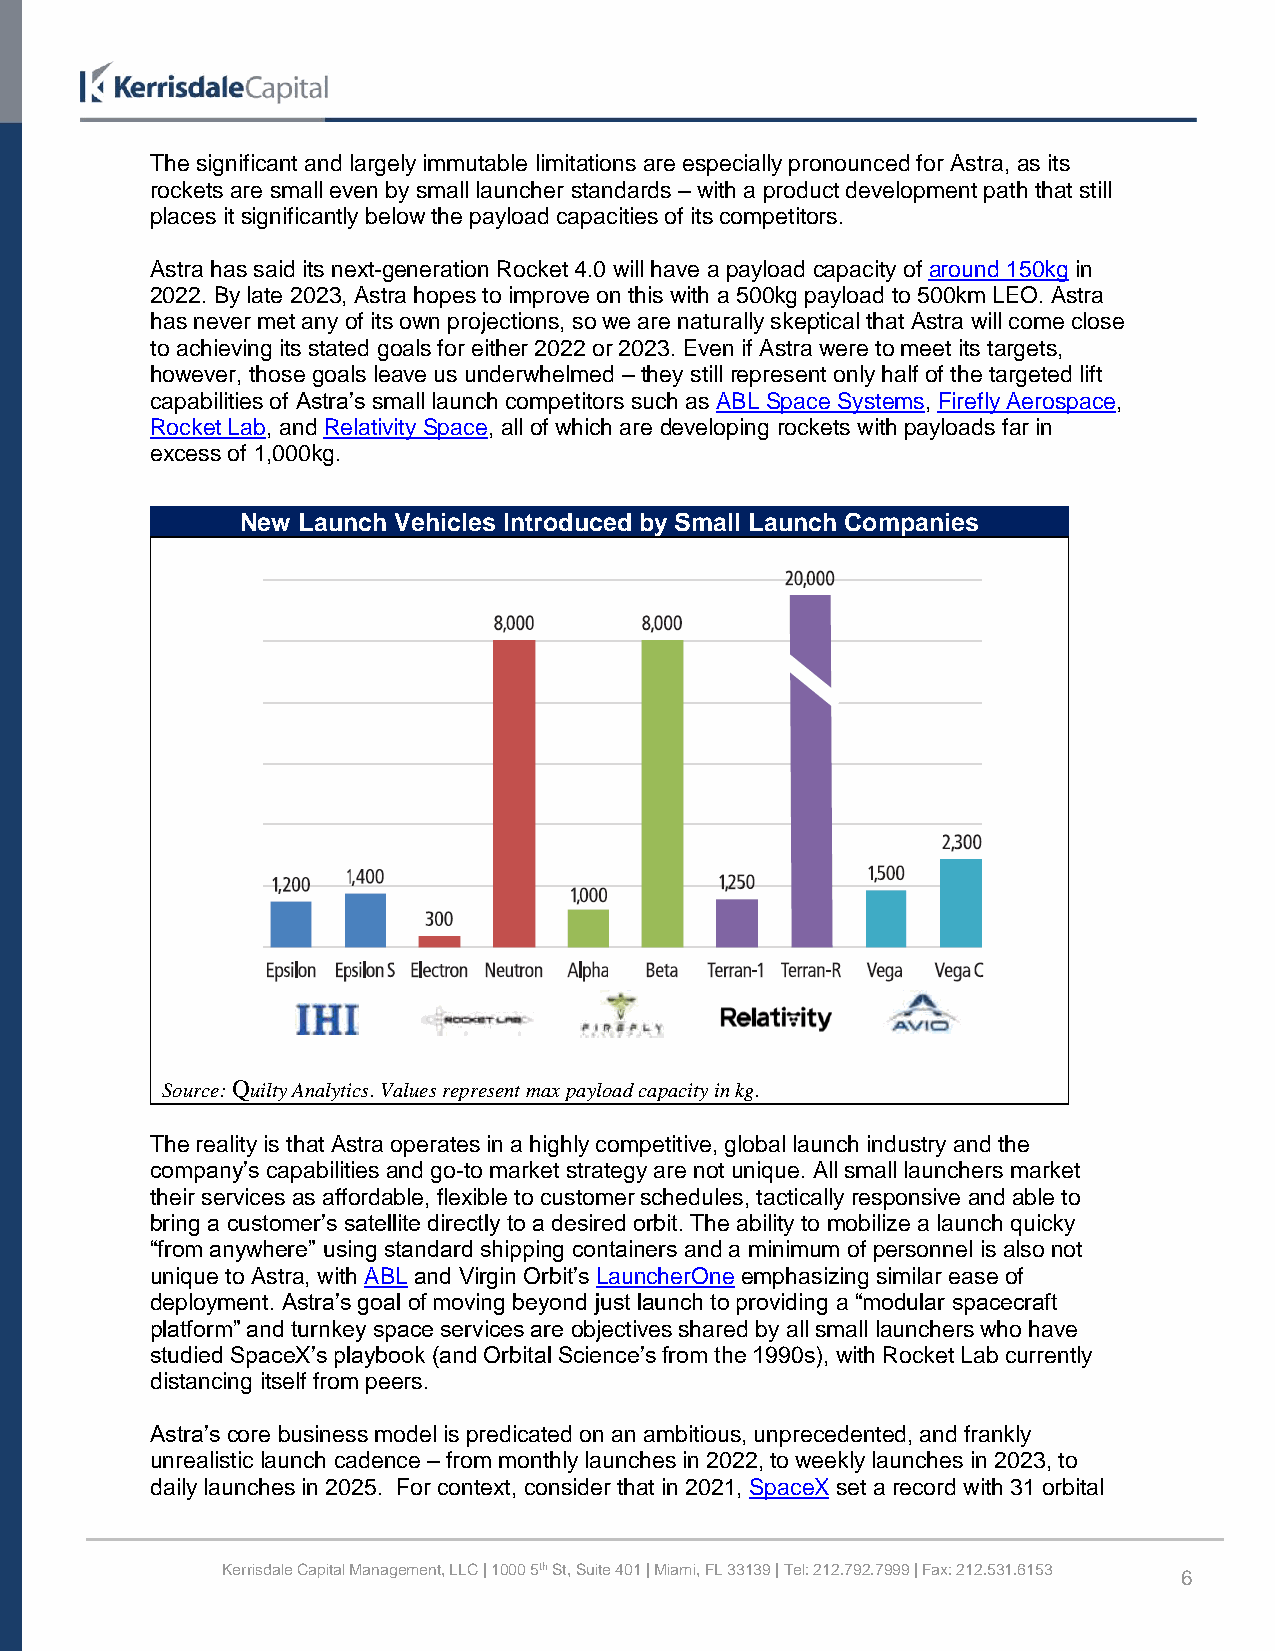
The significant and largely immutable limitations are especially pronounced for Astra, as its
 rockets are small even by small launcher standards – with a product development path that still
 places it significantly below the payload capacities of its competitors.
 Astra has said its next-generation Rocket 4.0 will have a payload capacity of around 150kg in
 2022. By late 2023, Astra hopes to improve on this with a 500kg payload to 500km LEO. Astra
 has never met any of its own projections, so we are naturally skeptical that Astra will come close
 to achieving its stated goals for either 2022 or 2023. Even if Astra were to meet its targets,
 however, those goals leave us underwhelmed – they still represent only half of the targeted lift
 capabilities of Astra’s small launch competitors such as ABL Space Systems, Firefly Aerospace,
 Rocket Lab, and Relativity Space, all of which are developing rockets with payloads far in
 excess of 1,000kg.
 New Launch Vehicles Introduced by Small Launch Companies
 Source: Quilty Analytics. Values represent max payload capacity in kg.
 The reality is that Astra operates in a highly competitive, global launch industry and the
 company’s capabilities and go-to market strategy are not unique. All small launchers market
 their services as affordable, flexible to customer schedules, tactically responsive and able to
 bring a customer’s satellite directly to a desired orbit. The ability to mobilize a launch quicky
 “from anywhere” using standard shipping containers and a minimum of personnel is also not
 unique to Astra, with ABL and Virgin Orbit’s LauncherOne emphasizing similar ease of
 deployment. Astra’s goal of moving beyond just launch to providing a “modular spacecraft
 platform” and turnkey space services are objectives shared by all small launchers who have
 studied SpaceX’s playbook (and Orbital Science’s from the 1990s), with Rocket Lab currently
 distancing itself from peers.
 Astra’s core business model is predicated on an ambitious, unprecedented, and frankly
 unrealistic launch cadence – from monthly launches in 2022, to weekly launches in 2023, to
 daily launches in 2025. For context, consider that in 2021, SpaceX set a record with 31 orbital
 Kerrisdale Capital Management, LLC | 1000 5th St, Suite 401 | Miami, FL 33139 | Tel: 212.792.7999 | Fax: 212.531.6153 6